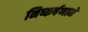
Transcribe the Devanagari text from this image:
निष्कर्षणाने